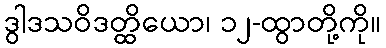
ဒွါဒသဝိဒတ္ထိယော၊ ၁၂-ထွာတို့ကို။